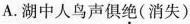
A.湖中人鸟声俱\underset{·}{绝}(消失)